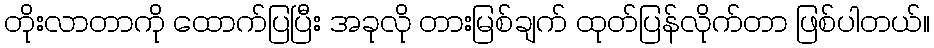
တိုးလာတာကို ထောက်ပြပြီး အခုလို တားမြစ်ချက် ထုတ်ပြန်လိုက်တာ ဖြစ်ပါတယ်။